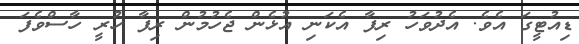
ޑިއުޓީގަ އެވެ. އެދުވަހު ރިފާ އެކަނި އުޅެން ޖެހުމުން ރިފާ ހުރީ ހާސްވެފަ